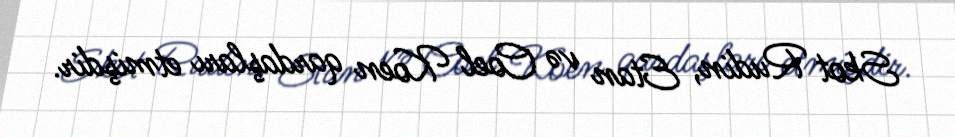
Skot Rudin, Etan və Coel Koen qardaşları etmişdir.